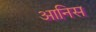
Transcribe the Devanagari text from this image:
आनिस